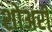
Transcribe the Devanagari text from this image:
शोअरी